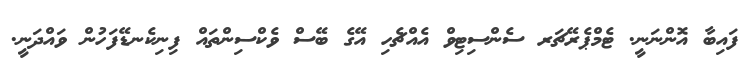
ފައިބާ އޮންނަނީ. ޓެމްޕެރޭޗަރ ސެންސިޓިވް އެއްޗެހި އޭގެ ބޭސް ވެކްސިންތައް ފިނިކެނޑޭފަހުން ވައްދަނީ.